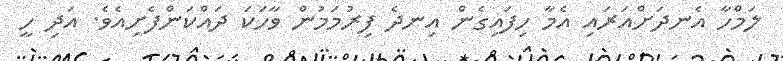
ލަމްހާ އެނދަށްއަރައި އެމާ ހިފައިގެން އިނދެ ފިރުމަމުން ވާހަކަ ދައްކަންފެށިއެވެ. އަދި ހީ